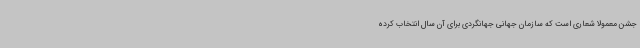
جشن معمولا شعاری است که سازمان جهانی جهانگردی برای آن سال انتخاب کرده